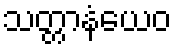
သတ္တာနံယေဝ